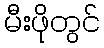
မီးဖိုတွင်